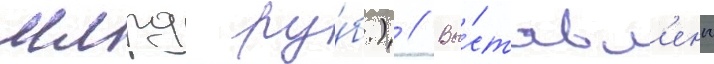
млрд ру́б.) // Вы́ставл'ены